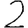
Digit: 2